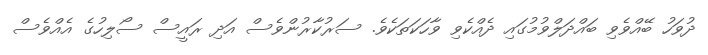
ދުވަހު ބޭއްވެވި ބައްދަލްވުމުގައި ދެއްކެވި ވާހަކަތަކެވެ. ސަރުކާރުންވެސް އަދި ރައީސް ސޯލިހުގެ އެއްވެސް